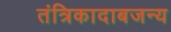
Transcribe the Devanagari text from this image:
तंत्रिकादाबजन्य